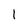
Character: l